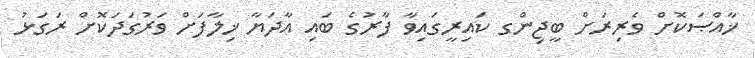
ޚާއްޞަކޮށް ވެރިރަށް ބީޖިންގ ކައިރީގައިވާ ފާރުގެ ބައި އާދަޔާ ޚިލާފަށް ވަރުގަދަކޮށް ރަގަޅު